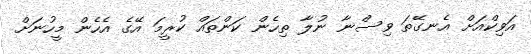
އަވިކްއަށް އެނގޭތަ ވިސްނާ ނުލާ ތިހެން ކަންތައް ކުރީމަ އޭގެ އެހެން މީހުނަށް